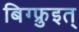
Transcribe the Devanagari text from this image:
बिग्फ्रुइत्